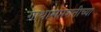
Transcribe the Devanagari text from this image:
गाथासप्तशतीच्या